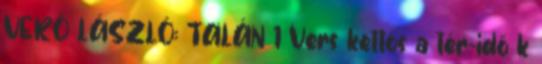
VERŐ LÁSZLÓ: TALÁN 1 Vers kettős a tér-idő k